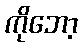
ကိုဘော့